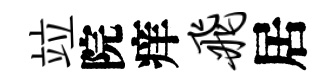
竝院痒飞居